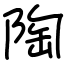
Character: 陶